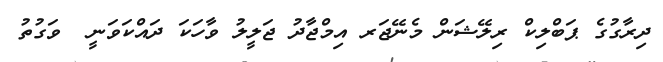
ދިރާގުގެ ޕަބްލިކް ރިލޭޝަން މެނޭޖަރ އިމްޖާދު ޖަލީލު ވާހަކަ ދައްކަވަނީ  ވަގުތު